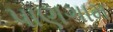
પાણગામ